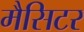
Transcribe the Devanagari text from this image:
मैसिटर